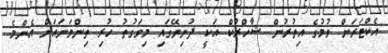
އެކްޓަރަށް ވުމުގެ އިތުރުން ޝާހްރުކް އަކީ ދުނިޔޭގައި މިވަގުތު ހުރި ތިންވަނައަށް އެންމެ